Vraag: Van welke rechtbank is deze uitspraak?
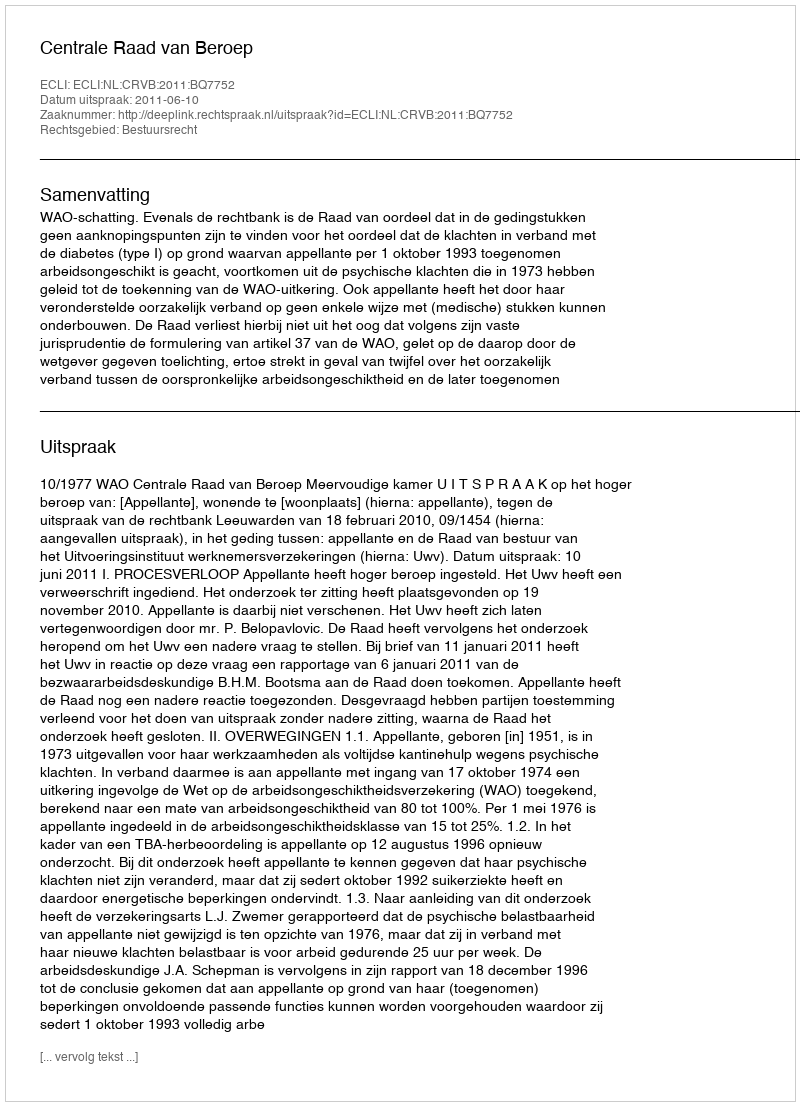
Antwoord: Centrale Raad van Beroep